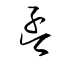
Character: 孟